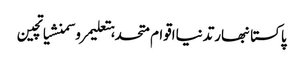
پاکستانبھارتدنیااقوام متحدہتعلیمروسمنشیاتچین